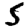
Digit: 5